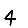
Digit: 4